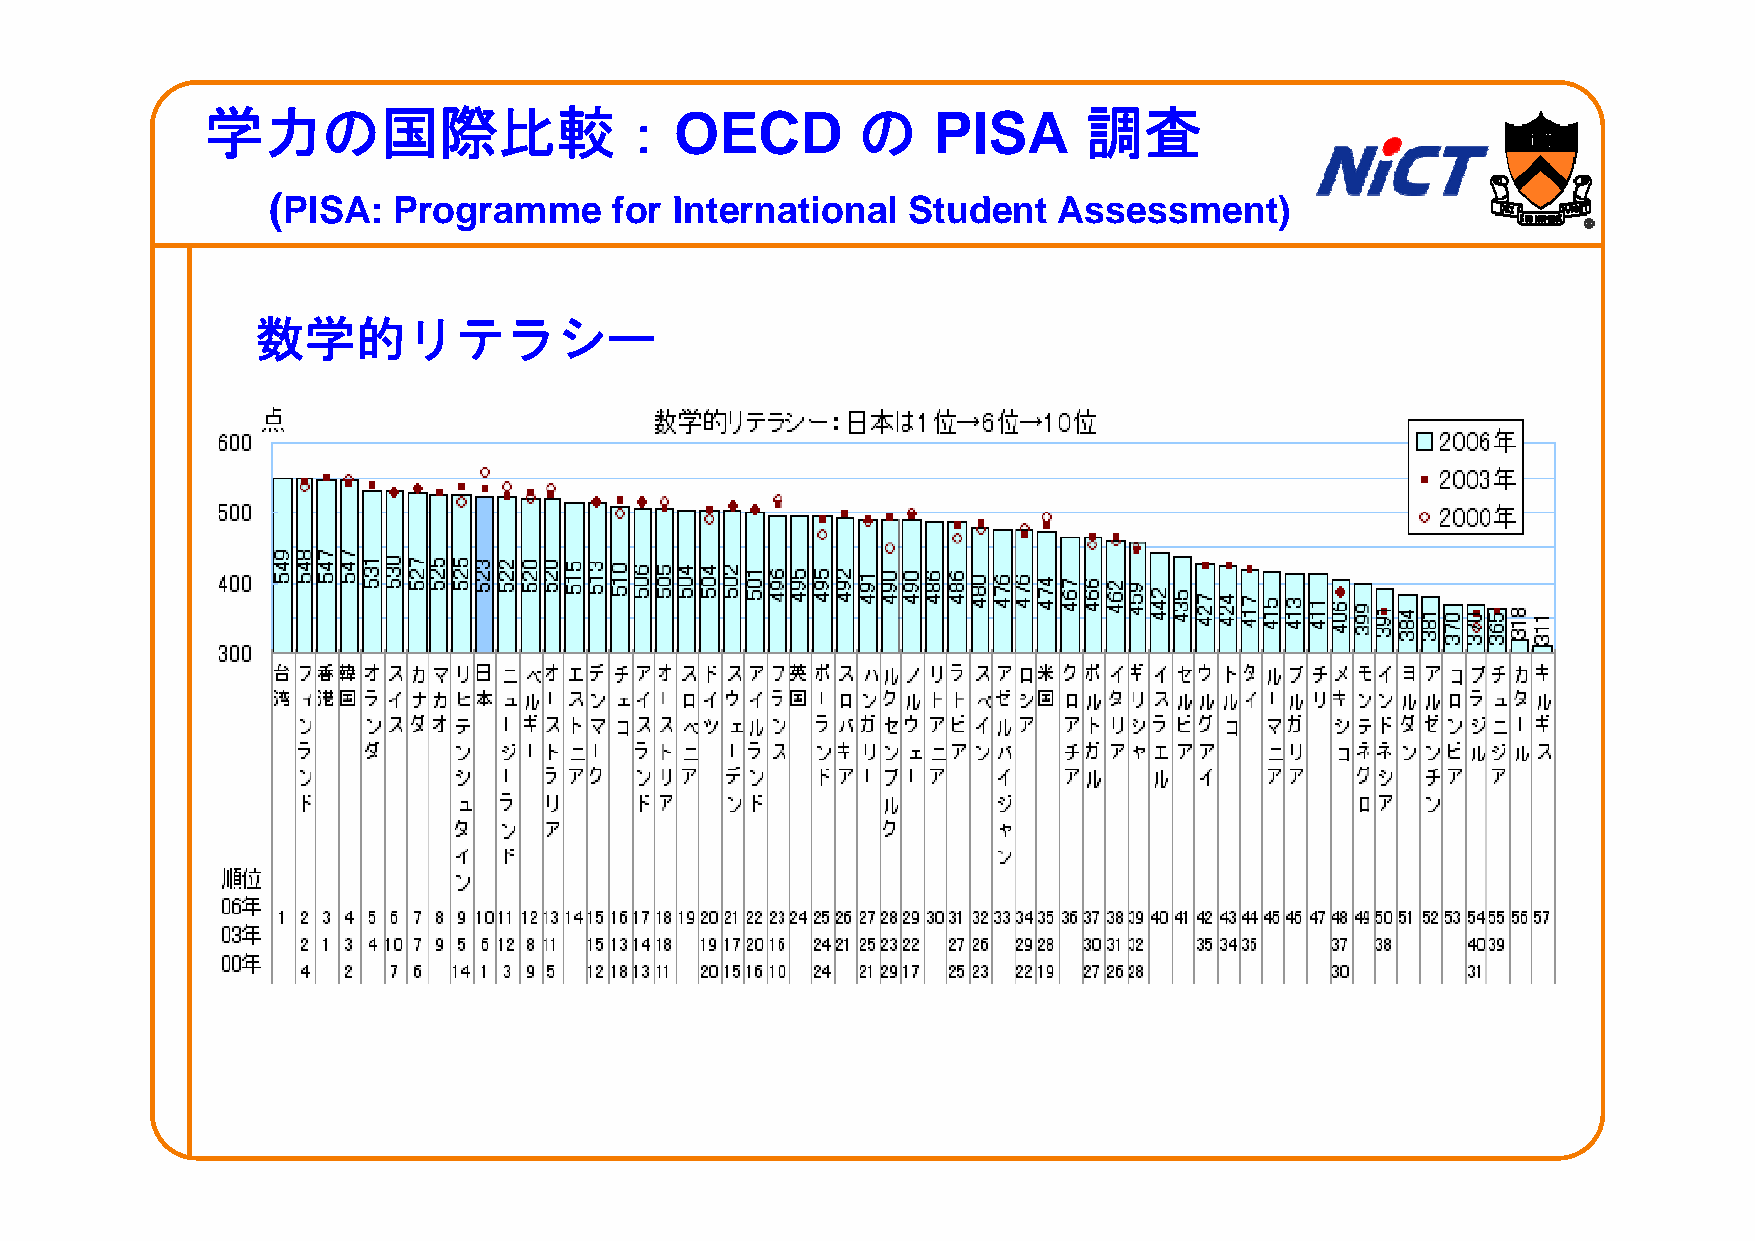
学力の国際比較：OECD                               の    PISA      調査
 ((PPIISSAA: PProgramme ffor IIntternattiionall SSttuddentt AAssessmentt))
 数数学学的的リリテテララシシーー